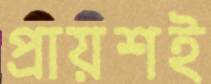
প্রায়শই